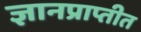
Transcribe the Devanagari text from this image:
ज्ञानप्राप्तीत